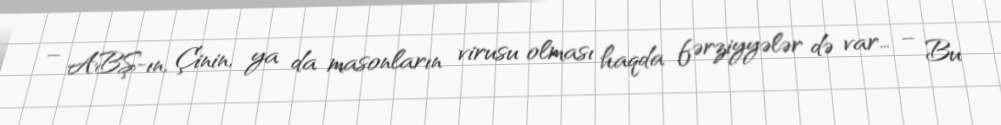
– ABŞ-ın, Çinin, ya da masonların virusu olması haqda fərziyyələr də var… – Bu